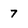
Character: 7